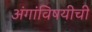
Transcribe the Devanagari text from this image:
अंगांविषयीची